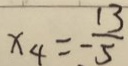
x _ { 4 } = - \frac { 1 3 } { 5 }